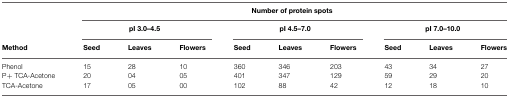
<table><thead><tr><td></td><td colspan="9"><b>Number of protein spots</b></td></tr><tr><td></td><td colspan="3"><b>pI 3.0–4.5</b></td><td colspan="3"><b>pI 4.5–7.0</b></td><td colspan="3"><b>pI 7.0–10.0</b></td></tr><tr><td><b>Method</b></td><td><b>Seed</b></td><td><b>Leaves</b></td><td><b>Flowers</b></td><td><b>Seed</b></td><td><b>Leaves</b></td><td><b>Flowers</b></td><td><b>Seed</b></td><td><b>Leaves</b></td><td><b>Flowers</b></td></tr></thead><tbody><tr><td>Phenol</td><td>15</td><td>28</td><td>10</td><td>360</td><td>346</td><td>203</td><td>43</td><td>34</td><td>27</td></tr><tr><td>P+ TCA-Acetone</td><td>20</td><td>04</td><td>05</td><td>401</td><td>347</td><td>129</td><td>59</td><td>29</td><td>20</td></tr><tr><td>TCA-Acetone</td><td>17</td><td>05</td><td>00</td><td>102</td><td>88</td><td>42</td><td>12</td><td>18</td><td>10</td></tr></tbody></table>